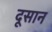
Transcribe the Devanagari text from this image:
दूसान